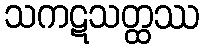
သကဋသတ္ထဿ